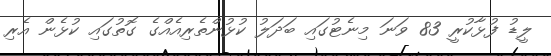
ލީީޑު ފުޅާކުރީ 83 ވަނަ މިނެޓުގައި ބަދަލު ކުޅުންތެރިއެއްގެ ގޮތުގައި ކުޅެން އެރި